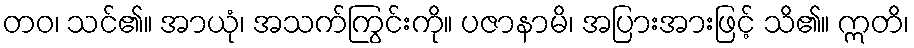
တဝ၊ သင်၏။ အာယုံ၊ အသက်ကြွင်းကို။ ပဇာနာမိ၊ အပြားအားဖြင့် သိ၏။ ဣတိ၊